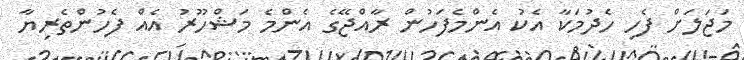
މަޖަލަށް ފެހި ހެދުމަކާ އެކު އެންމެފަހުން ރާއްޖޭގެ އެންމެ މަޝްހޫރު އެއް ފެހުންތެރިޔާ